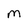
Character: M